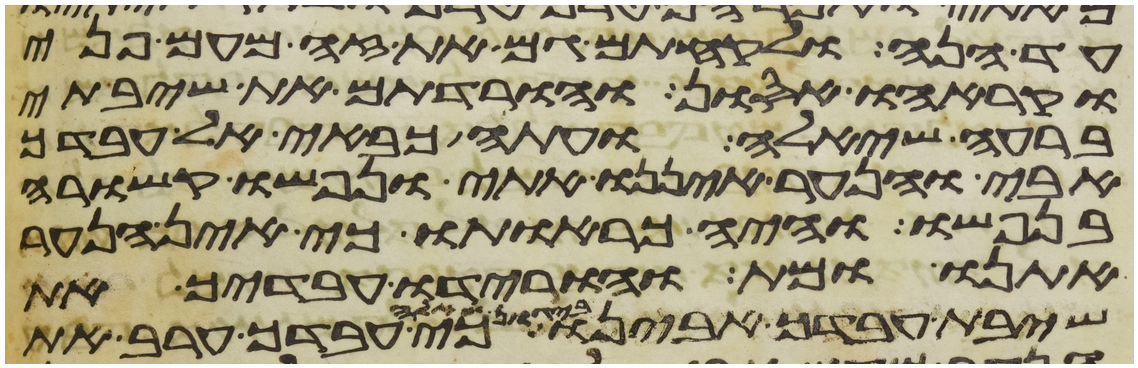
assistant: עד הנה ולקחתם גם את זה מעם פני
וקראהו אסון והורדתם את שיבתי
ברעה שאלה ועתה כבאי אל עבדך
אבי והנער איננו אתי ונפשו קשורה
בנפשו והיה כראותו כי אין הנער
אתנו ומת והורידו עבדיך את
שיבת עבדך אבינו ביגון שאלה כי עבדך ערב את